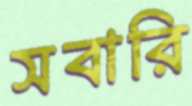
সবারি